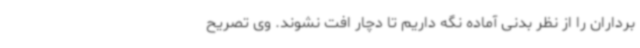
برداران را از نظر بدنی آماده نگه داریم تا دچار افت نشوند. وی تصریح